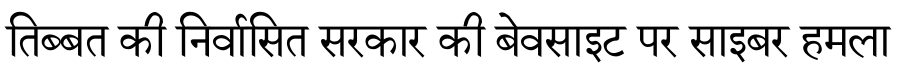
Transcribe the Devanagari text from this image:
तिब्बत की निर्वासित सरकार की बेवसाइट पर साइबर हमला